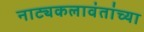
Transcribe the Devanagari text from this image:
नाट्यकलावंतांच्या